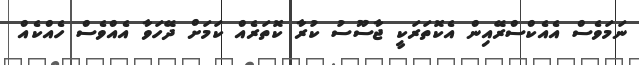
ނަމަވެސް އެއެކްސްރޭއިން އެކޮތަރަކީ ޖާސޫސު ކުރާ ކޮތަރެއް ކަމަށް ދޭހަވާ އެއްވެސް ހެއްކެއް